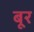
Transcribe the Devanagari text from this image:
बूर